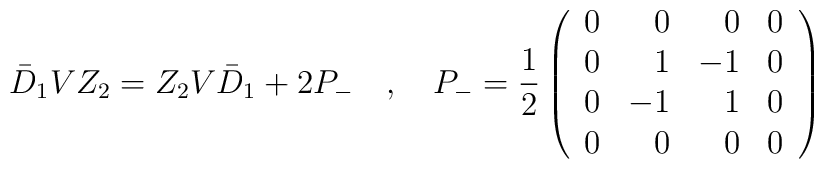
\bar{D}_1VZ_2=Z_2 V \bar{D}_1 + 2 P_- \quad , \quad P_- = \frac{1}{2}\left( \begin{array}{crrc}        0&0&0&0 \\        0&1&-1&0 \\        0&-1&1&0 \\        0&0&0&0       \end{array} \right)